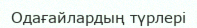
Одағайлардың түрлері